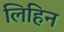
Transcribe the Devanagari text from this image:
लिहिन